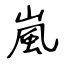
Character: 嵐